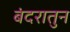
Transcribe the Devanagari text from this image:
बंदरातुन